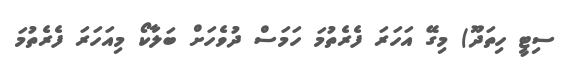
ސިޓީ ހިތަދޫ) މިގޭ އަހަރަ ފެރެތުމަ ހަމަސް ދުވެހަށް ބަލާކޯ މިއަހަރަ ފެރެތުމަ